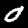
Label: 0